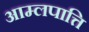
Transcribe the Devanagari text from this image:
आम्लपात्ति